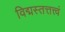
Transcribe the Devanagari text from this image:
विद्मस्तत्तत्त्वं